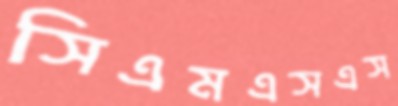
সিএমএসএস